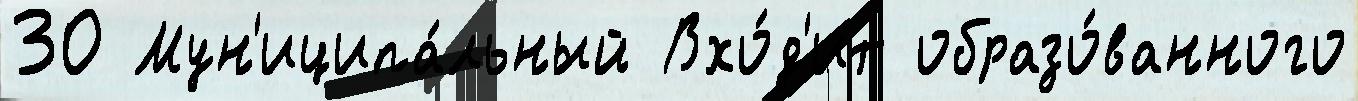
30 Мун'иципа́льный Вхо́д'ит образо́ванного